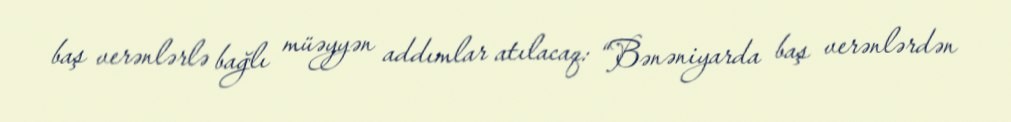
baş verənlərlə bağlı müəyyən addımlar atılacaq: “Bənəniyarda baş verənlərdən